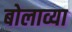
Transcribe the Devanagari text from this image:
बोलाव्या